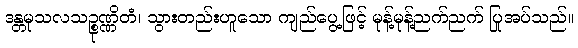
ဒန္တမုသလသဉ္စုဏ္ဏိတံ၊ သွားတည်းဟူသော ကျည်ပွေ့ဖြင့် မုန့်မုန့်ညက်ညက် ပြုအပ်သည်။